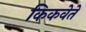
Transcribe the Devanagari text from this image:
किकवेते